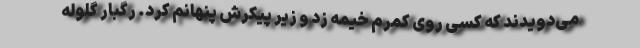
می‌دویدند که کسی روی کمرم خیمه زد و زیر پیکرش پنهانم کرد. رگبار گلوله